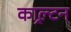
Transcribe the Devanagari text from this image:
काल्र्टन